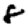
Digit: 8